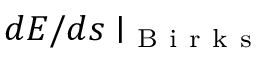
d E / d s \mid _ { \mathrm { ~ B ~ i ~ r ~ k ~ s ~ } }